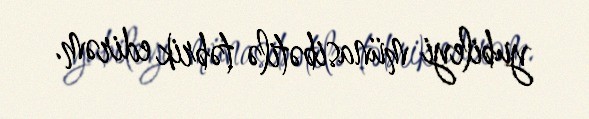
yubileyi münasibətilə təbrik edirəm.